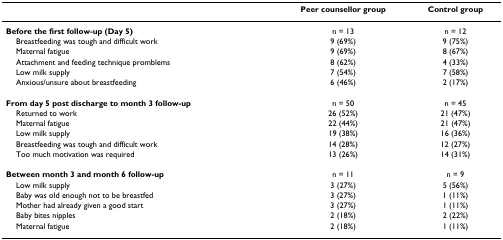
<table><thead><tr><td></td><td><b>Peer counsellor group</b></td><td><b>Control group</b></td></tr></thead><tbody><tr><td><b>Before the first follow-up (Day 5)</b></td><td>n = 13</td><td>n = 12</td></tr><tr><td> Breastfeeding was tough and difficult work</td><td>9 (69%)</td><td>9 (75%)</td></tr><tr><td> Maternal fatigue</td><td>9 (69%)</td><td>8 (67%)</td></tr><tr><td> Attachment and feeding technique promblems</td><td>8 (62%)</td><td>4 (33%)</td></tr><tr><td> Low milk supply</td><td>7 (54%)</td><td>7 (58%)</td></tr><tr><td> Anxious/unsure about breastfeeding</td><td>6 (46%)</td><td>2 (17%)</td></tr><tr><td><b>From day 5 post discharge to month 3 follow-up</b></td><td>n = 50</td><td>n = 45</td></tr><tr><td> Returned to work</td><td>26 (52%)</td><td>21 (47%)</td></tr><tr><td> Maternal fatigue</td><td>22 (44%)</td><td>21 (47%)</td></tr><tr><td> Low milk supply</td><td>19 (38%)</td><td>16 (36%)</td></tr><tr><td> Breastfeeding was tough and difficult work</td><td>14 (28%)</td><td>12 (27%)</td></tr><tr><td> Too much motivation was required</td><td>13 (26%)</td><td>14 (31%)</td></tr><tr><td><b>Between month 3 and month 6 follow-up</b></td><td>n = 11</td><td>n = 9</td></tr><tr><td> Low milk supply</td><td>3 (27%)</td><td>5 (56%)</td></tr><tr><td> Baby was old enough not to be breastfed</td><td>3 (27%)</td><td>1 (11%)</td></tr><tr><td> Mother had already given a good start</td><td>3 (27%)</td><td>1 (11%)</td></tr><tr><td> Baby bites nipples</td><td>2 (18%)</td><td>2 (22%)</td></tr><tr><td> Maternal fatigue</td><td>2 (18%)</td><td>1 (11%)</td></tr></tbody></table>